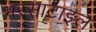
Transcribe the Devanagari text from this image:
भरसाटाइल